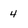
Character: 4